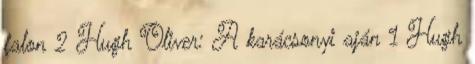
falon 2 Hugh Oliver: A karácsonyi aján 1 Hugh